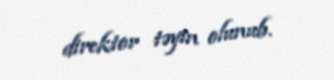
direktor təyin olunub.